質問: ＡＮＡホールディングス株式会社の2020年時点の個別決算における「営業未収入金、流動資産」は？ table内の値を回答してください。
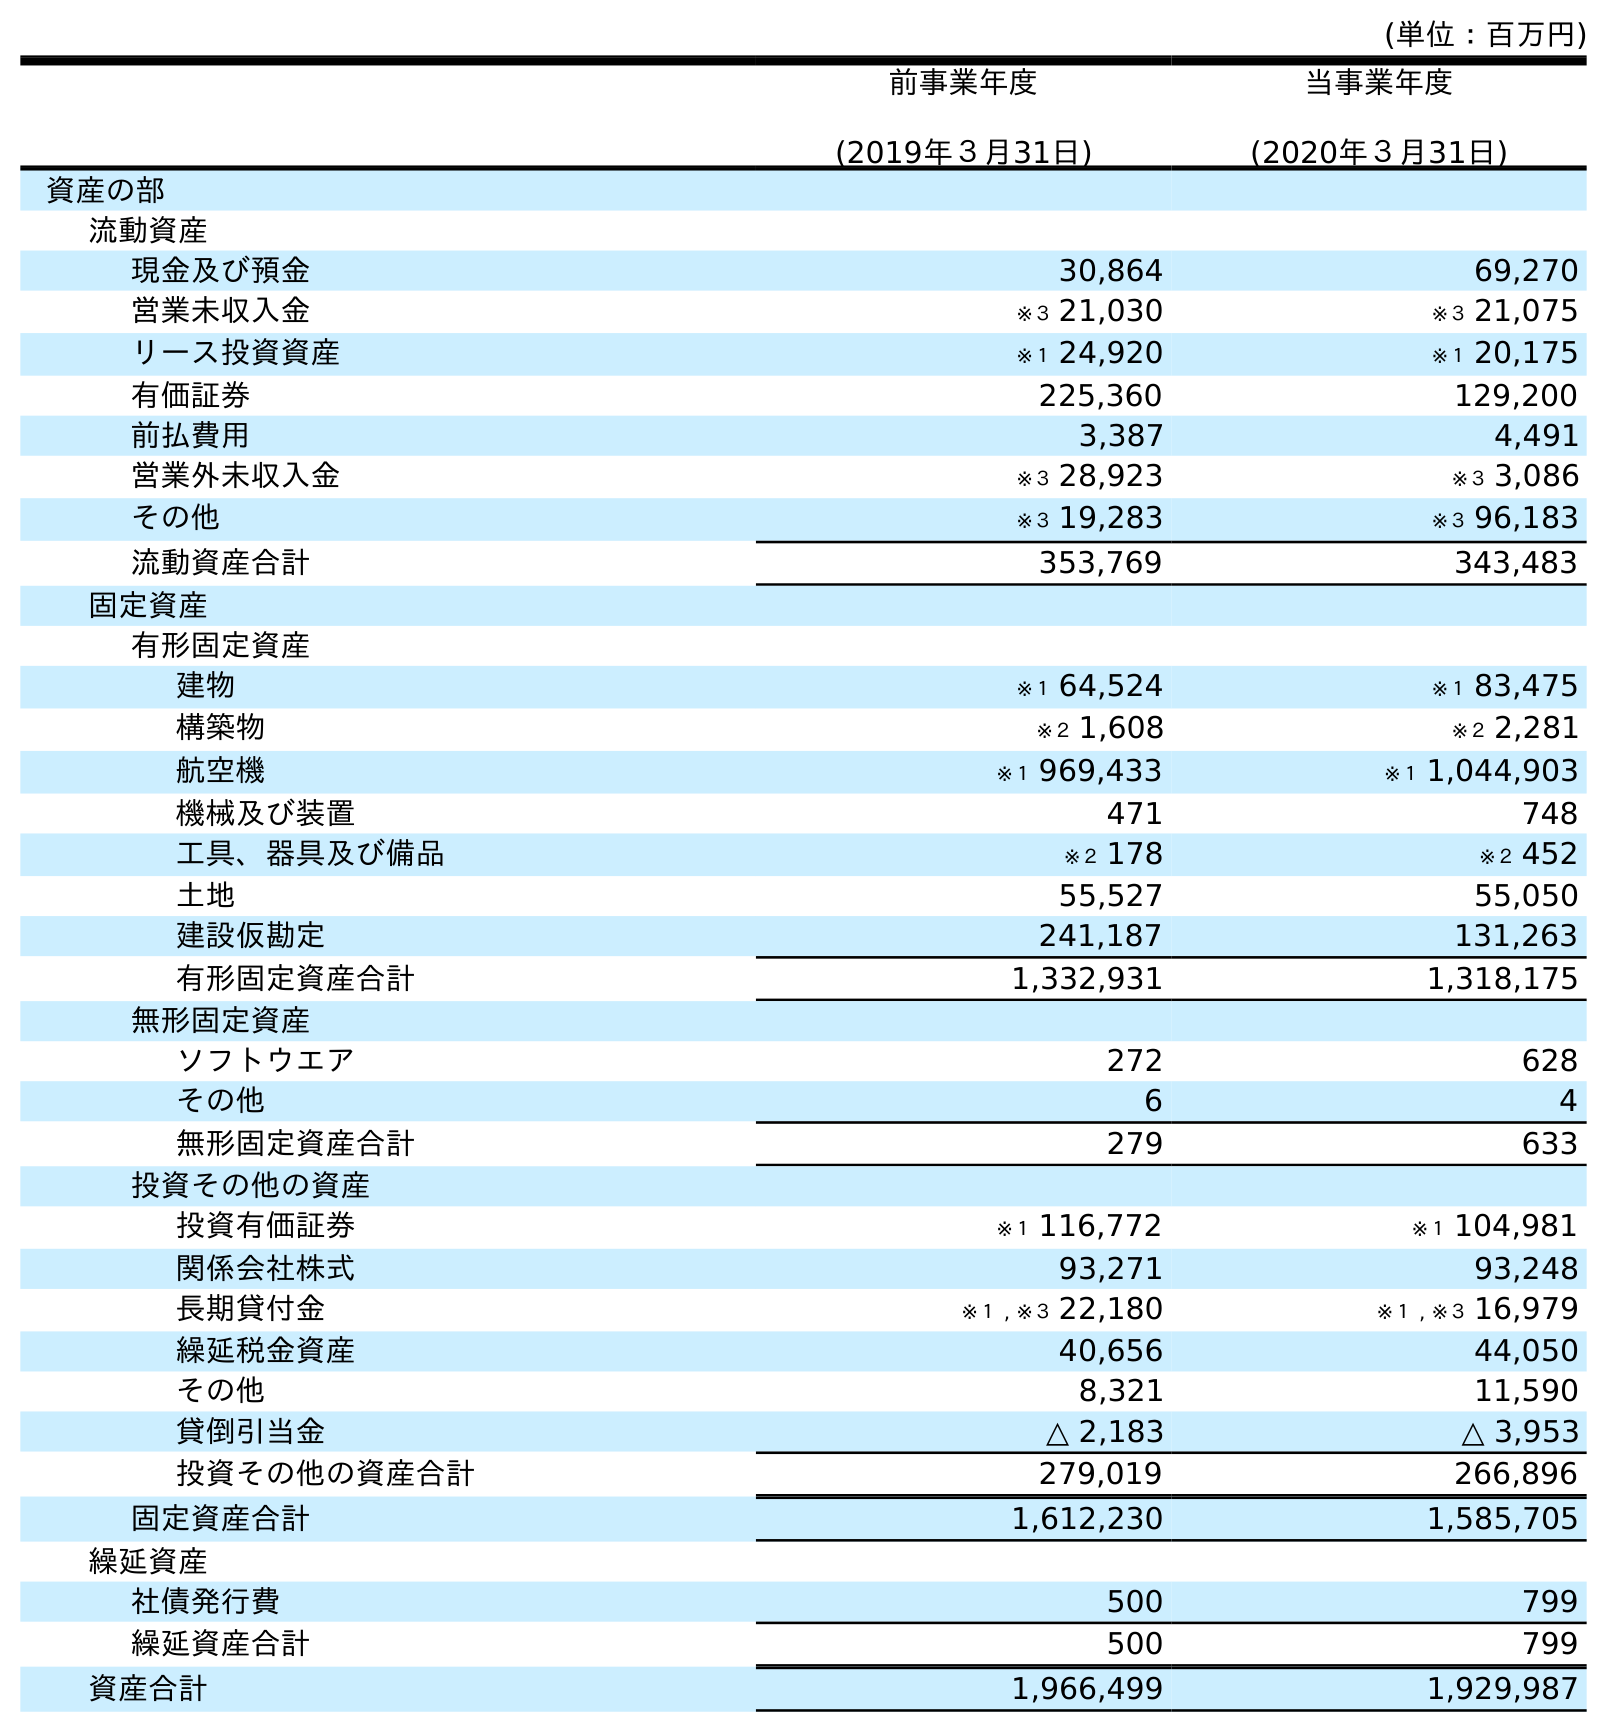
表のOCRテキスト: (単位：百万円) 前事業年度 (2019年３月31日) 当事業年度 (2020年３月31日) 資産の部 流動資産 現金及び預金 30,864 69,270 営業未収入金 ※３ 21,030 ※３ 21,075 リース投資資産 ※１ 24,920 ※１ 20,175 有価証券 225,360 129,200 前払費用 3,387 4,491 営業外未収入金 ※３ 28,923 ※３ 3,086 その他 ※３ 19,283 ※３ 96,183 流動資産合計 353,769 343,483 固定資産 有形固定資産 建物 ※１ 64,524 ※１ 83,475 構築物 ※２ 1,608 ※２ 2,281 航空機 ※１ 969,433 ※１ 1,044,903 機械及び装置 471 748 工具、器具及び備品 ※２ 178 ※２ 452 土地 55,527 55,050 建設仮勘定 241,187 131,263 有形固定資産合計 1,332,931 1,318,175 無形固定資産 ソフトウエア 272 628 その他 6 4 無形固定資産合計 279 633 投資その他の資産 投資有価証券 ※１ 116,772 ※１ 104,981 関係会社株式 93,271 93,248 長期貸付金 ※１ , ※３ 22,180 ※１ , ※３ 16,979 繰延税金資産 40,656 44,050 その他 8,321 11,590 貸倒引当金 △ 2,183 △ 3,953 投資その他の資産合計 279,019 266,896 固定資産合計 1,612,230 1,585,705 繰延資産 社債発行費 500 799 繰延資産合計 500 799 資産合計 1,966,499 1,929,987
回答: ※３21,075